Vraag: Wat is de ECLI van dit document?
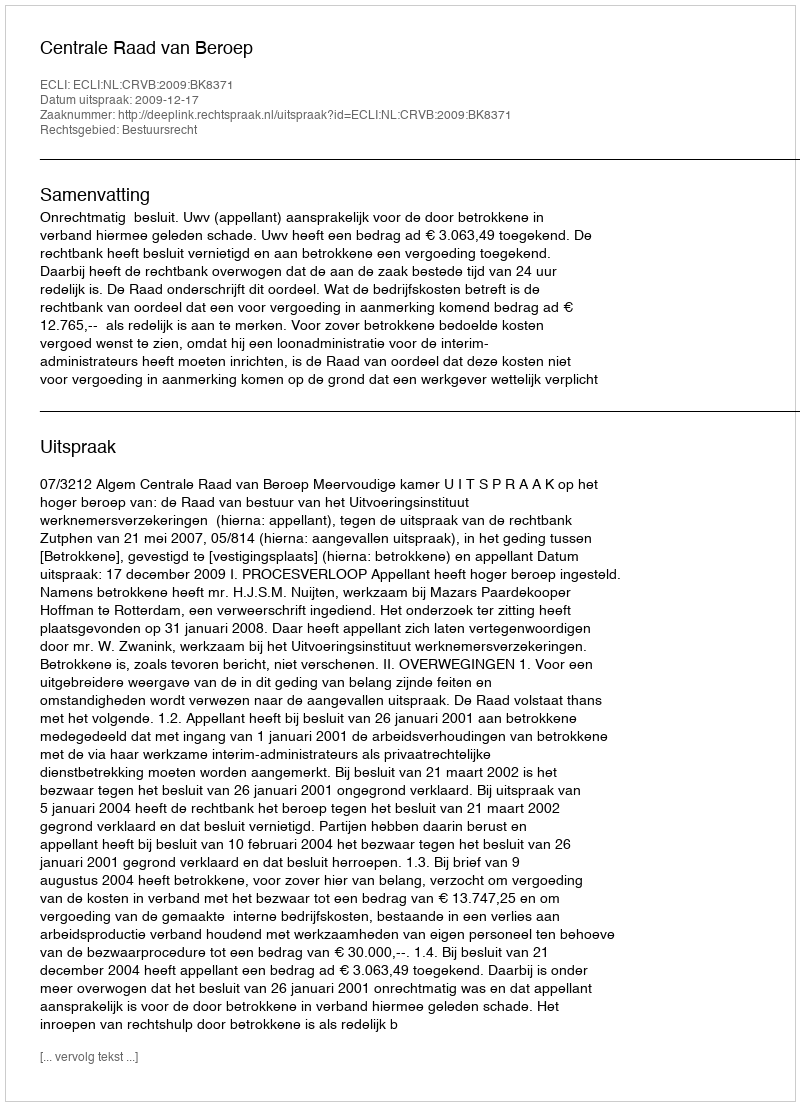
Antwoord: ECLI:NL:CRVB:2009:BK8371